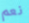
نعم